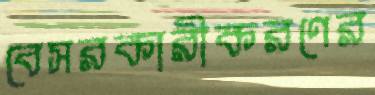
বেসরকারীকরণের